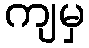
ကျမှ